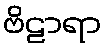
ဗိဠာရာ